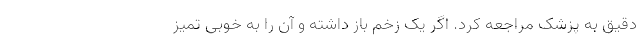
دقیق به پزشک مراجعه کرد. اگر یک زخم باز داشته و آن را به خوبی تمیز